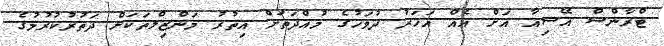
ޓްރާންސް އޭޝިއާ އަށް އެއް އަހަރު ދުވަހުގެ މުއްދަތަށް އިތުރު މަންޒިލްތަކަށް ދަތުރުކުރުމުގެ